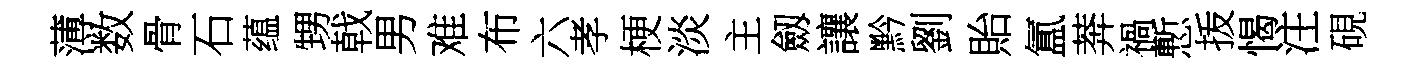
薄数骨石蕴甥戟男难布六孝梗淡主劔讓黔劉貽氲莾禍慙㧞愒注硯